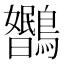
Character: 𬷳